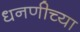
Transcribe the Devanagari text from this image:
धनणीच्या